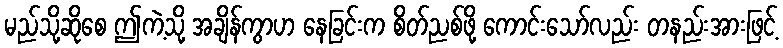
မည်သို့ဆိုစေ ဤကဲ့သို့ အချိန်ကွာဟ နေခြင်းက စိတ်ညစ်ဖို့ ကောင်းသော်လည်း တနည်းအားဖြင့်